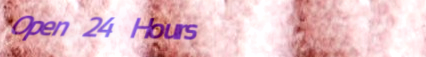
Open 24 Hours